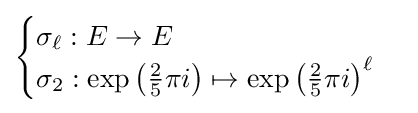
{\begin{cases}\sigma _{\ell }:E\to E\\\sigma _{2}:\exp {\bigl (}{\tfrac {2}{5}}\pi i{\bigr )}\mapsto \exp {\bigl (}{\tfrac {2}{5}}\pi i{\bigr )}^{\ell }\end{cases}}